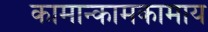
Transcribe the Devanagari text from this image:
कामान्कामकामाय